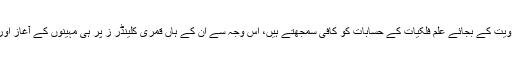
ترکی کے اہل علم رویت کے بجائے علم فلکیات کے حسابات کو کافی سمجھتے ہیں، اس وجہ سے ان کے ہاں قمری کلینڈر ز پر ہی مہینوں کے آغاز اور اختتام کا مدار ہے۔